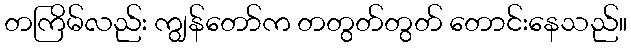
တကြိမ်လည်း ကျွန်တော်က တတွတ်တွတ် တောင်းနေသည်။